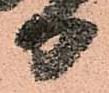
日